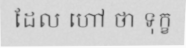
ដែល ហៅ ថា ទុក្ខ